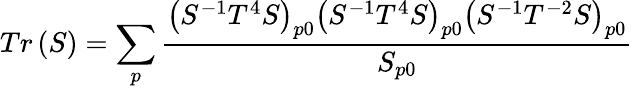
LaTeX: Tr\left(S\right)=\sum_{p}\frac{\left(S^{-1}T^{4}S\right)_{p0}\left(S^{-1}T^{4}S\right)_{p0}\left(S^{-1}T^{-2}S\right)_{p0}}{S_{p0}}